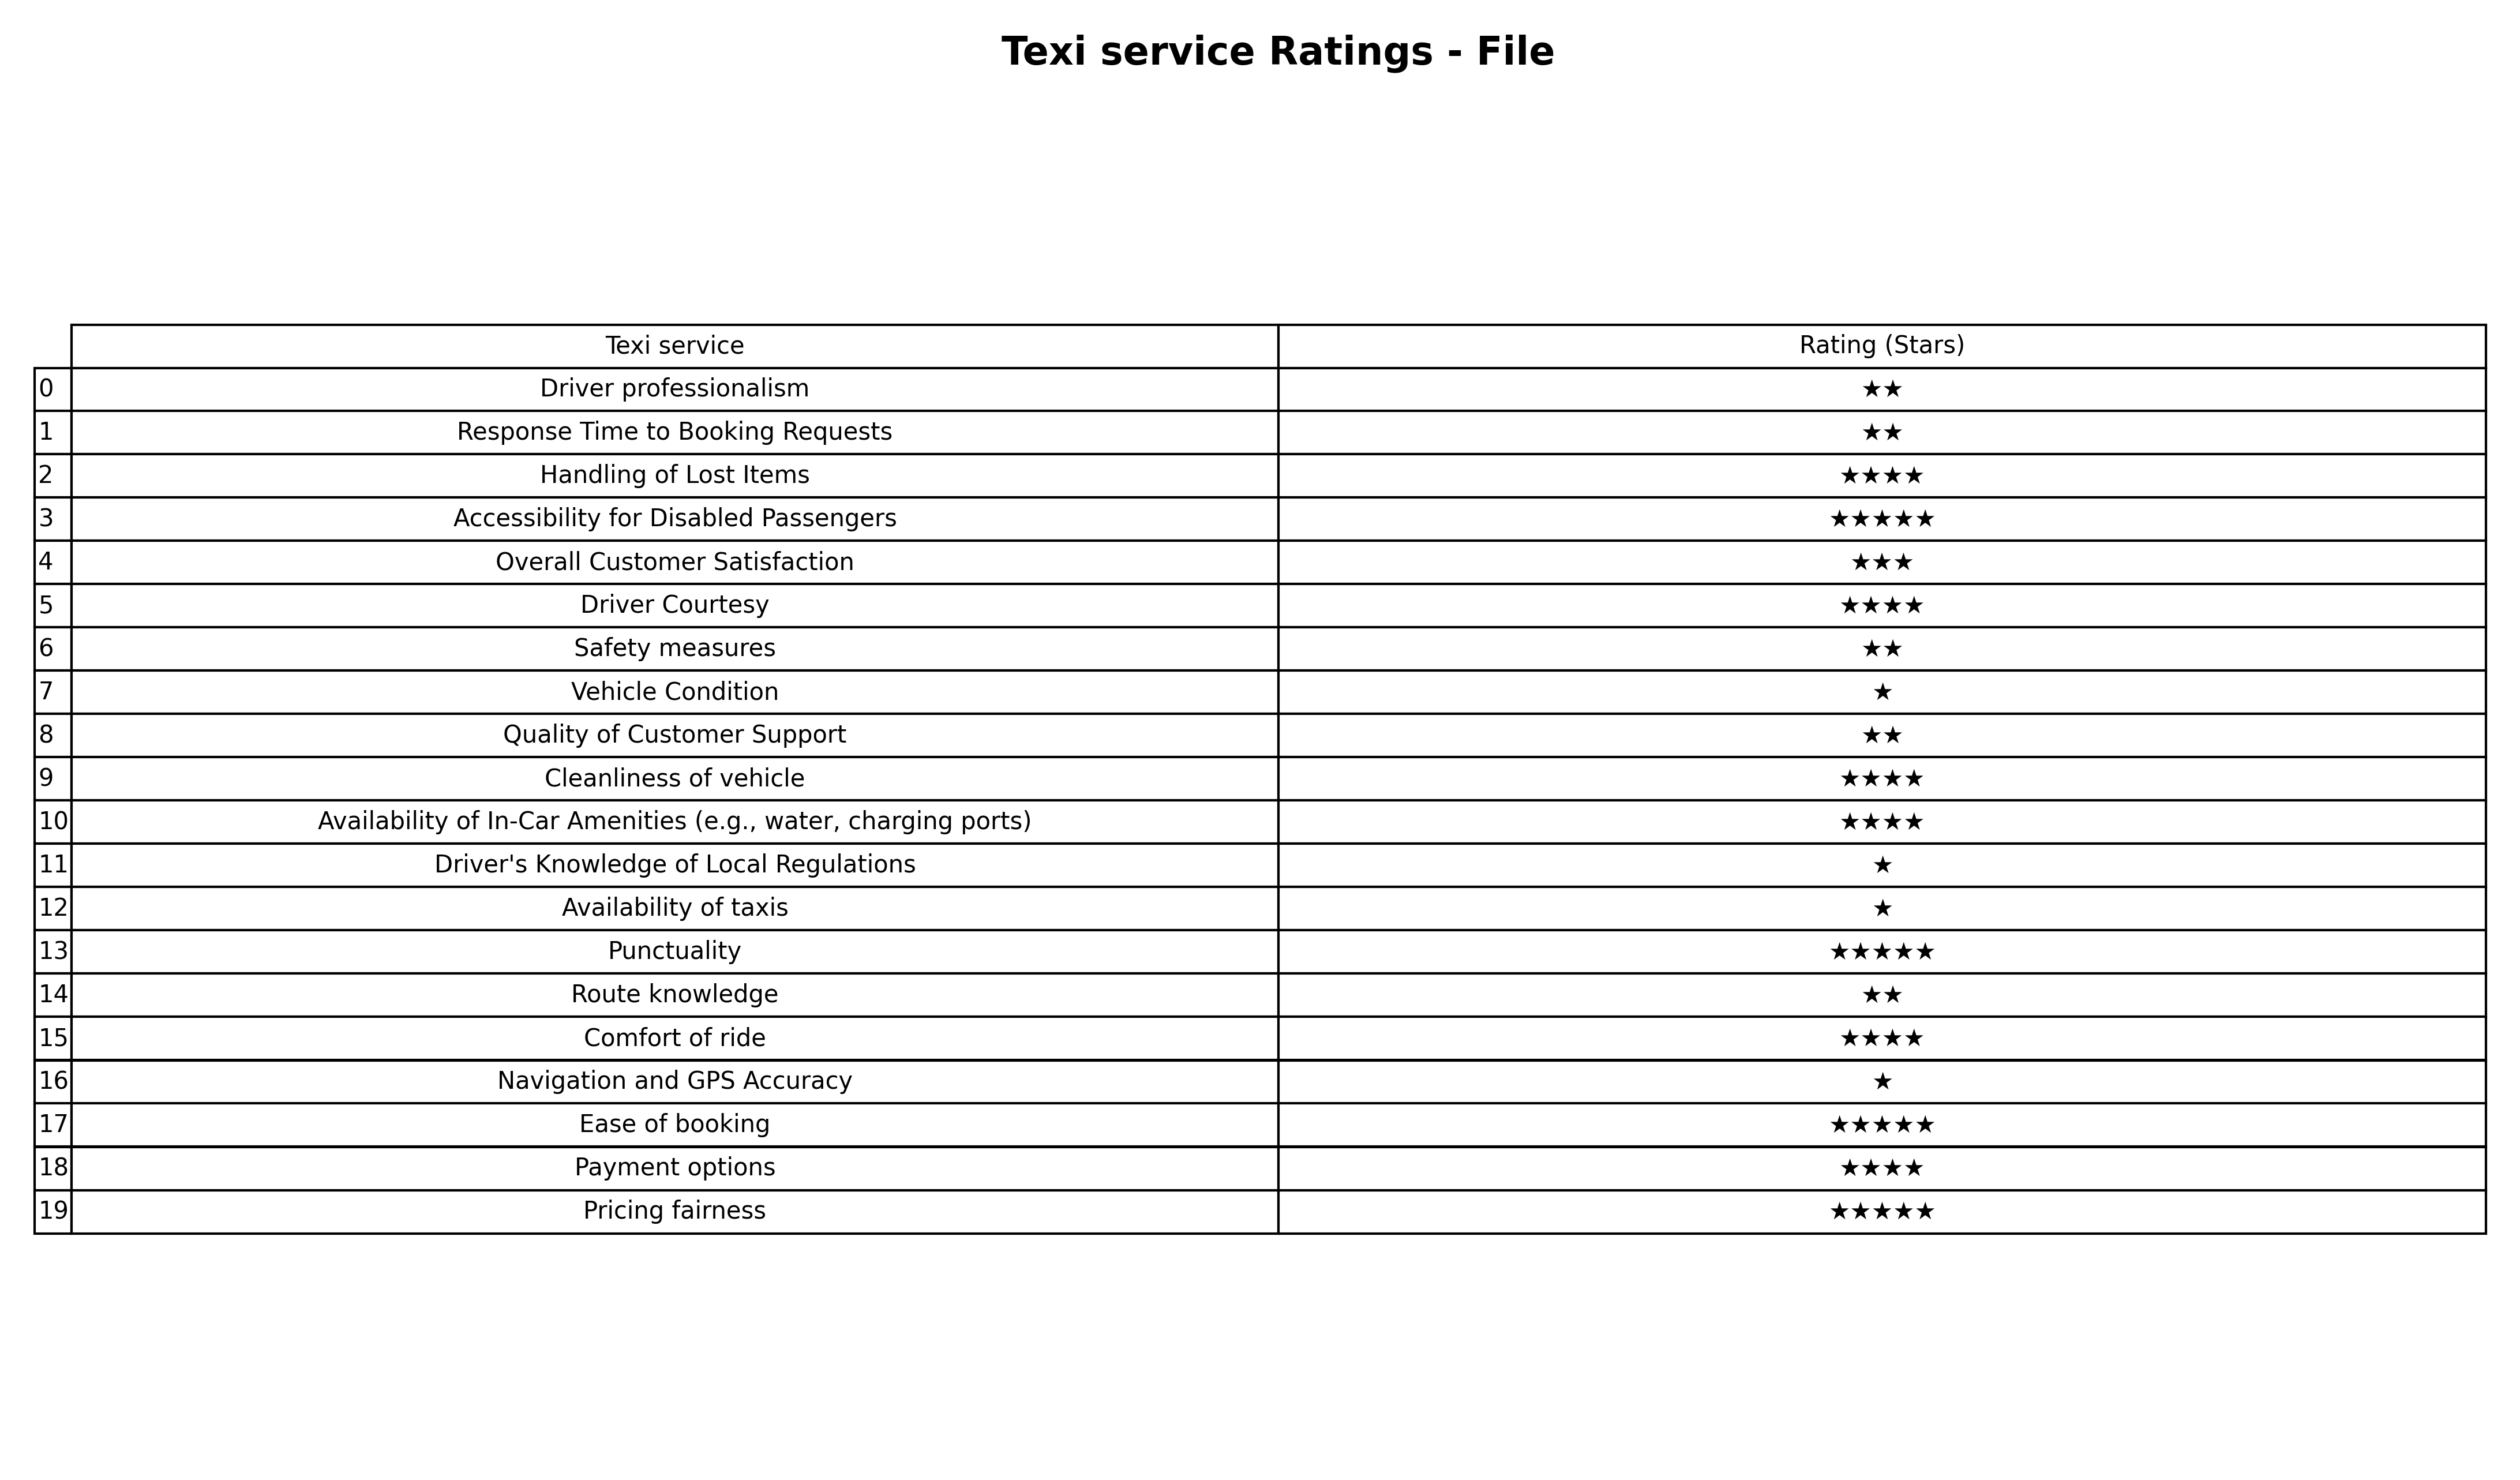
question: What is the rating of Handling of Lost Items?
answer: ★★★★